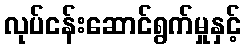
လုပ်ငန်းဆောင်ရွက်မှုနှင့်